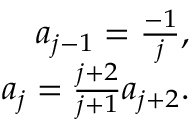
\begin{array} { r } { a _ { j - 1 } = \frac { - 1 } { j } , } \\ { a _ { j } = \frac { j + 2 } { j + 1 } a _ { j + 2 } . } \end{array}